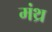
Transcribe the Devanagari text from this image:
मंथ्र